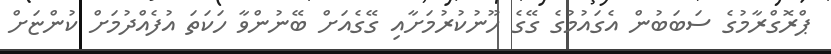
ޕްރޮގްރާމުގެ ސަބަބުން އެގައުމުގެ ގޭގެ ހޫނުކުރުމަށާއި ގޭގެއަށް ބޭނުންވާ ހަކަތަ އުފެއްދުމަށް ކުންޏަށް